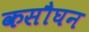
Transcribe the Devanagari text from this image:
कसौघन